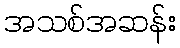
အသစ်အဆန်း